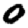
Digit: 0